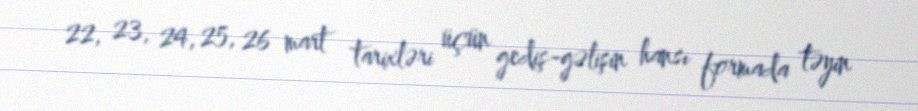
22, 23, 24, 25, 26 mart tarixləri üçün gediş-gəlişin hansı formada təyin